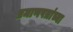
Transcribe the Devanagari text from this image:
प्रमाणपत्रांच्या